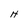
Character: H